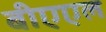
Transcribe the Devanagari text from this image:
बीएएल